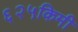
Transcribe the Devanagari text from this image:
६२५किमी